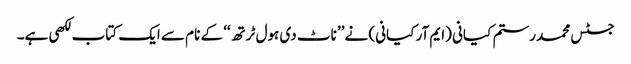
جسٹس محمد رستم کیانی (ایم آر کیانی) نے ’’ناٹ دی ہول ٹرتھ‘‘ کے نام سے ایک کتاب لکھی ہے۔